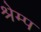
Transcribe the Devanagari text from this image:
श्रेम्प